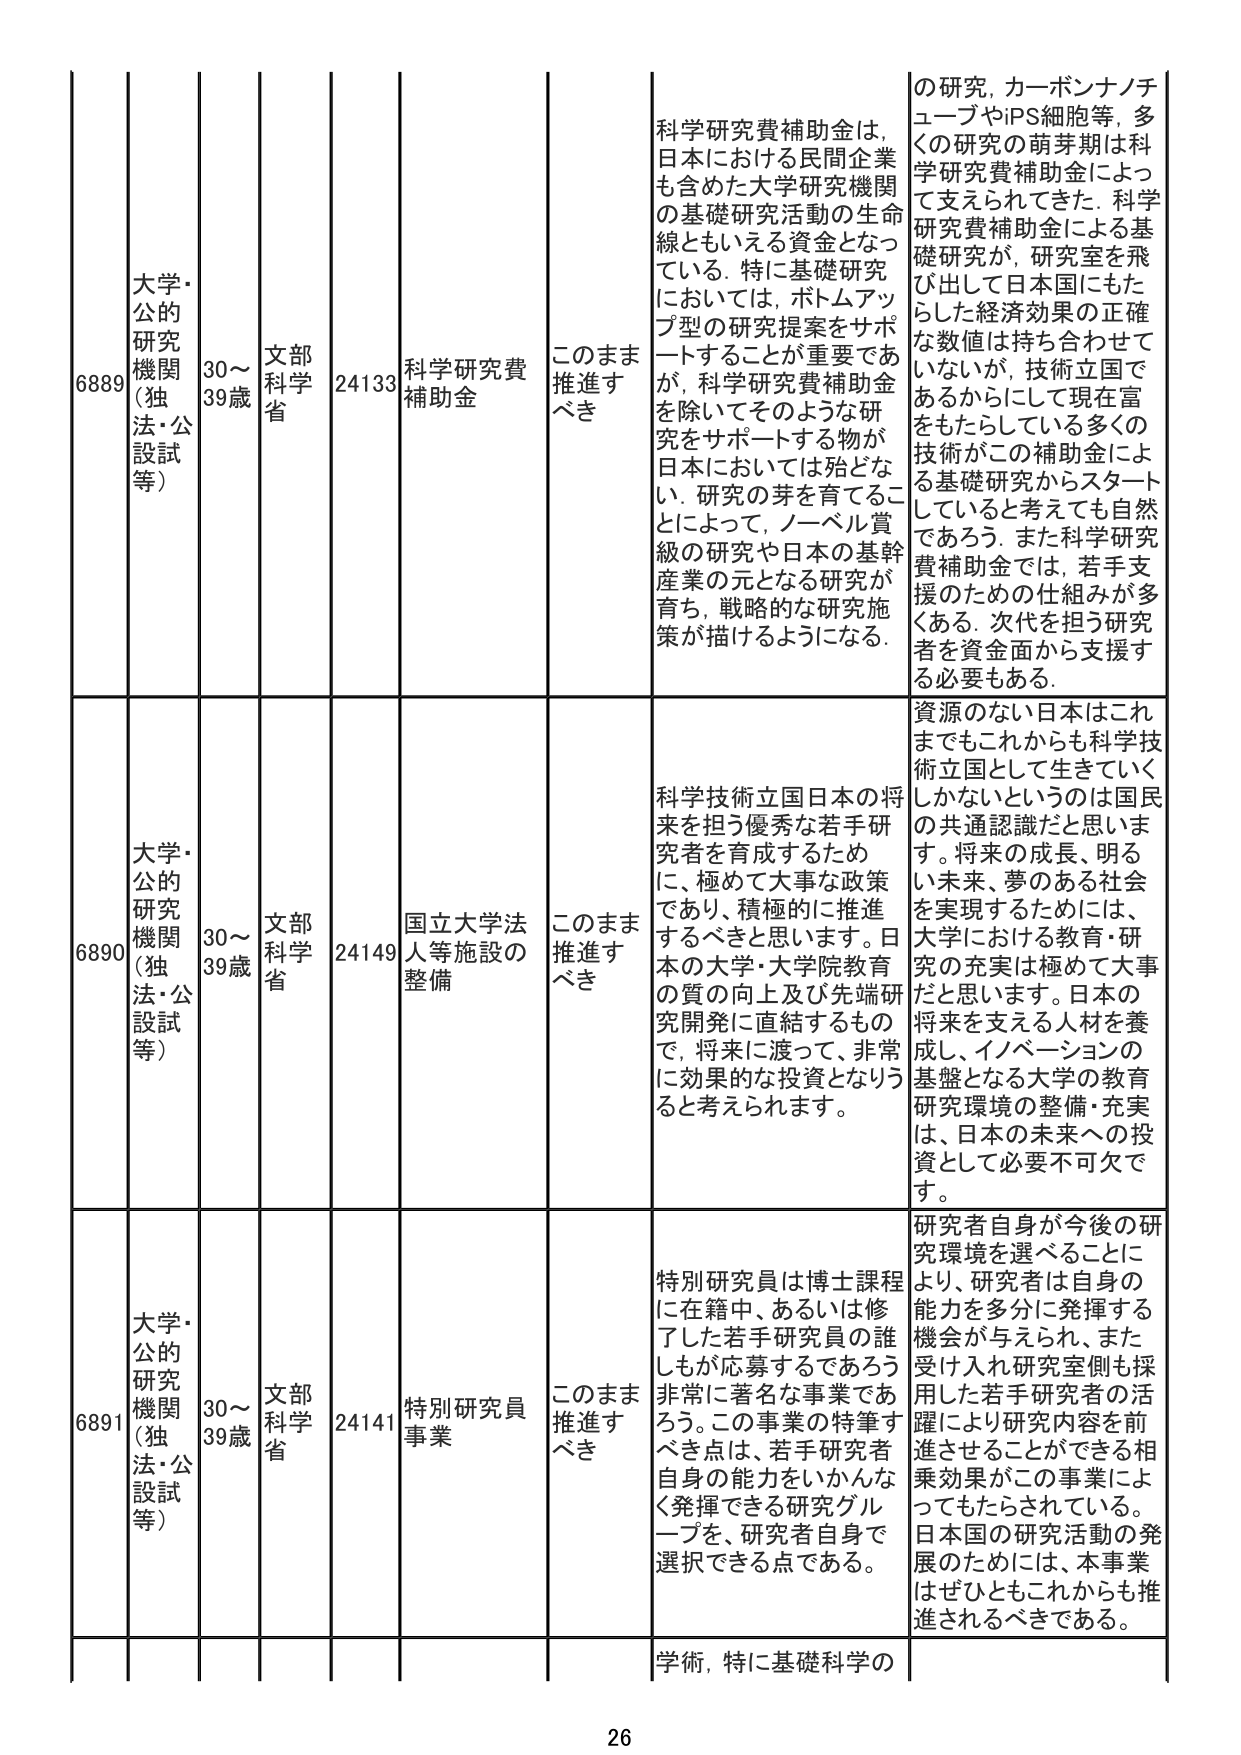
6889 大学・公的研究機関（独法・公設試等） 30～39歳 文部科学省 24133 科学研究費補助金 このまま推進すべき 科学研究費補助金は、日本における民間企業も含めた大学研究機関の基礎研究活動の生命線ともいえる資金となっている。特に基礎研究においては、ボトムアップ型の研究提案をサポートすることが重要であるが、科学研究費補助金を除いてそのような研究をサポートする物が日本においては殆どない。研究の芽を育てるこ とによって、ノーベル賞級の研究や日本の基幹産業の元となる研究が育ち、戦略的な研究施策が描けるようになる。 の研究、カーボンナノチューブやiPS細胞等、多くの研究の萌芽期は科学研究費補助金によって支えられてきた。科学研究費補助金による基礎研究が、研究室を飛び出して日本国にもたらした経済効果の正確な数値は持ち合わせていないが、技術立国であるからにして現在富をもたらしている多くの技術がこの補助金による基礎研究からスタートしていると考えても自然であろう。また科学研究費補助金では、若手支援のための仕組みが多 くある。次代を担う研究者を資金面から支援する必要もある。

6890 大学・公的研究機関（独法・公設試等） 30～39歳 文部科学省 24149 国立大学法人等施設の整備 このまま推進すべき 科学技術立国日本の将来を担う優秀な若手研究者を育成するため に、極めて大事な政策であり、積極的に推進するべきと思います。日本の大学・大学院教育の質の向上及び先端研究開発に直結するもので、将来に渡って、非常に効果的な投資となりうると考えられます。 資源のない日本はこれまでもこれからも科学技術立国として生きていくしかないというのは国民の共通認識だと思います。将来の成長、明るい未来、夢のある社会を実現するためには、大学における教育・研究の充実は極めて大事だと思います。日本の将来を支える人材を養成し、イノベーションの基盤となる大学の教育研究環境の整備・充実は、日本の未来への投資として必要不可欠です。

6891 大学・公的研究機関（独法・公設試等） 30～39歳 文部科学省 24141 特別研究員事業 このまま推進すべき 特別研究員は博士課程に在籍中、あるいは修了した若手研究員の誰しもが応募するであろう非常に著名な事業である。この事業の特筆すべき点は、若手研究者自身の能力をいかんなく発揮できる研究グループを、研究者自身で選択できる点である。 研究者自身が今後の研究環境を選べることにより、研究者は自身の能力を多分に発揮する機会が与えられ、また受け入れ研究室側も採用した若手研究者の活躍により研究内容を前進させることができる相乗効果がこの事業によってもたらされている。日本国の研究活動の発展のためには、本事業はぜひともこれからも推進されるべきである。

学術、特に基礎科学の

26